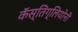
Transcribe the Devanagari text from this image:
कॅस्तिग्लियोनी